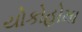
યોકોહોમા